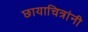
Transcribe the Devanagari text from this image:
छायाचित्रांनी